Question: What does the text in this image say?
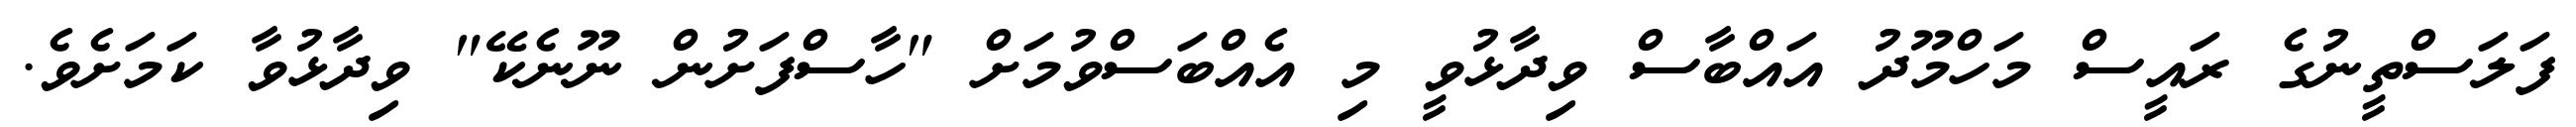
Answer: ފަލަސްތީނުގެ ރައީސް މަހްމޫދު އައްބާސް ވިދާޅުވީ މި އެއްބަސްވުމަށް "ހާސްފަށުން ނޫނެކޭ" ވިދާޅުވާ ކަމަށެވެ.